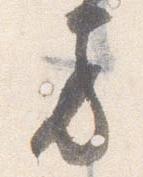
方